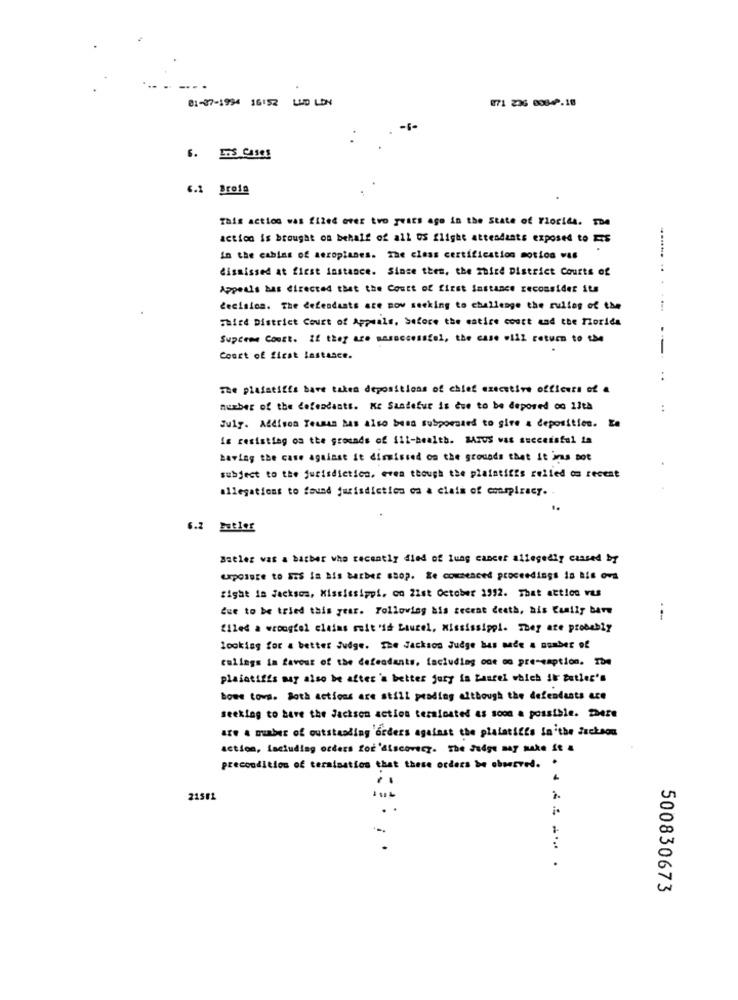
01-07-1994 16152 LUD LON
071 236 00842.18
6. ETS Casas
6.1 Brefa
This action was filled over two years ago in the state of Florida. The
action is brought on behalf of all US flight attendants exposed to ES
In the cabins of aeroplanes. The class certification motion was
dismissed at first instance. Since then, the Shire District Courts of
Appeals has directed that the Court of first instance reconsider its
decision. The defendants are now seeking to challenge the ruling of the
This District Court of Appeals, before the entire court and the Morida
Supreme Court. If they are sasuccessful, the case will return to the
Court of first lastasce.
---
..
The plaintiffs have taken depositions of chief executive officers of a
number of the defendants. KE Sandefur is due to be deposed oo 13th
...
July. Addison Temas has also been subpoenaed to give a deposition. Za
is resistieg os the grounds of ill-health. BAros was successful la
having the case against it diraisted on the grounds that it is not
subject to the jurisdiction, even though the plaintiffs relied on recent
allegations to found jurisdiction ca a ciais of conspiracy. .
6.2 BERIOf
Butler was a barber who recently died of lung cancer allegedly cassed by
Exposure to SIS in his barber shop. Re commenced proceedings is Bis ovs
fight in Jackson, Mississippi, co 21st October 1992. That action vus
Que to be tried this year. Following ais secent death, ais Easily bare
filed a wrongtel claims suit 'id Laurel, Mississippi. They are probably
looking for a better Judge. The Jackson Judge bus nade a number of
culings in favour of the defendants, lacluding one oo pre-emption. The
Plaintiffs may also be after 's better jury ia Lancel which il cutler's
bose town. Both actions are still pending although the defendants are
seeking to bare the Jackson action teraicated as soon a possible. Phere
are & muaber of outstanding 'orders against the plaintiffs In the Jackson
action, including orders for'discovery. The Judge may make it a
precondition of termination that these orders be observed. .
21501
.
500830673